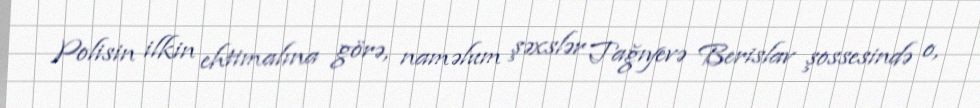
Polisin ilkin ehtimalına görə, naməlum şəxslər Tağıyevə Berislav şossesində o,